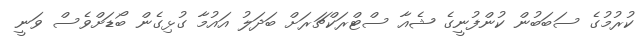
ކުރުމުގެ ސަބަބުން ކުންފުނީގެ ޝެއާ ސްޓްރަކްޗަރަށް ބަދަލު އައުމާ ގުޅިގެން ބޯޑަށްވެސް ވަނީ